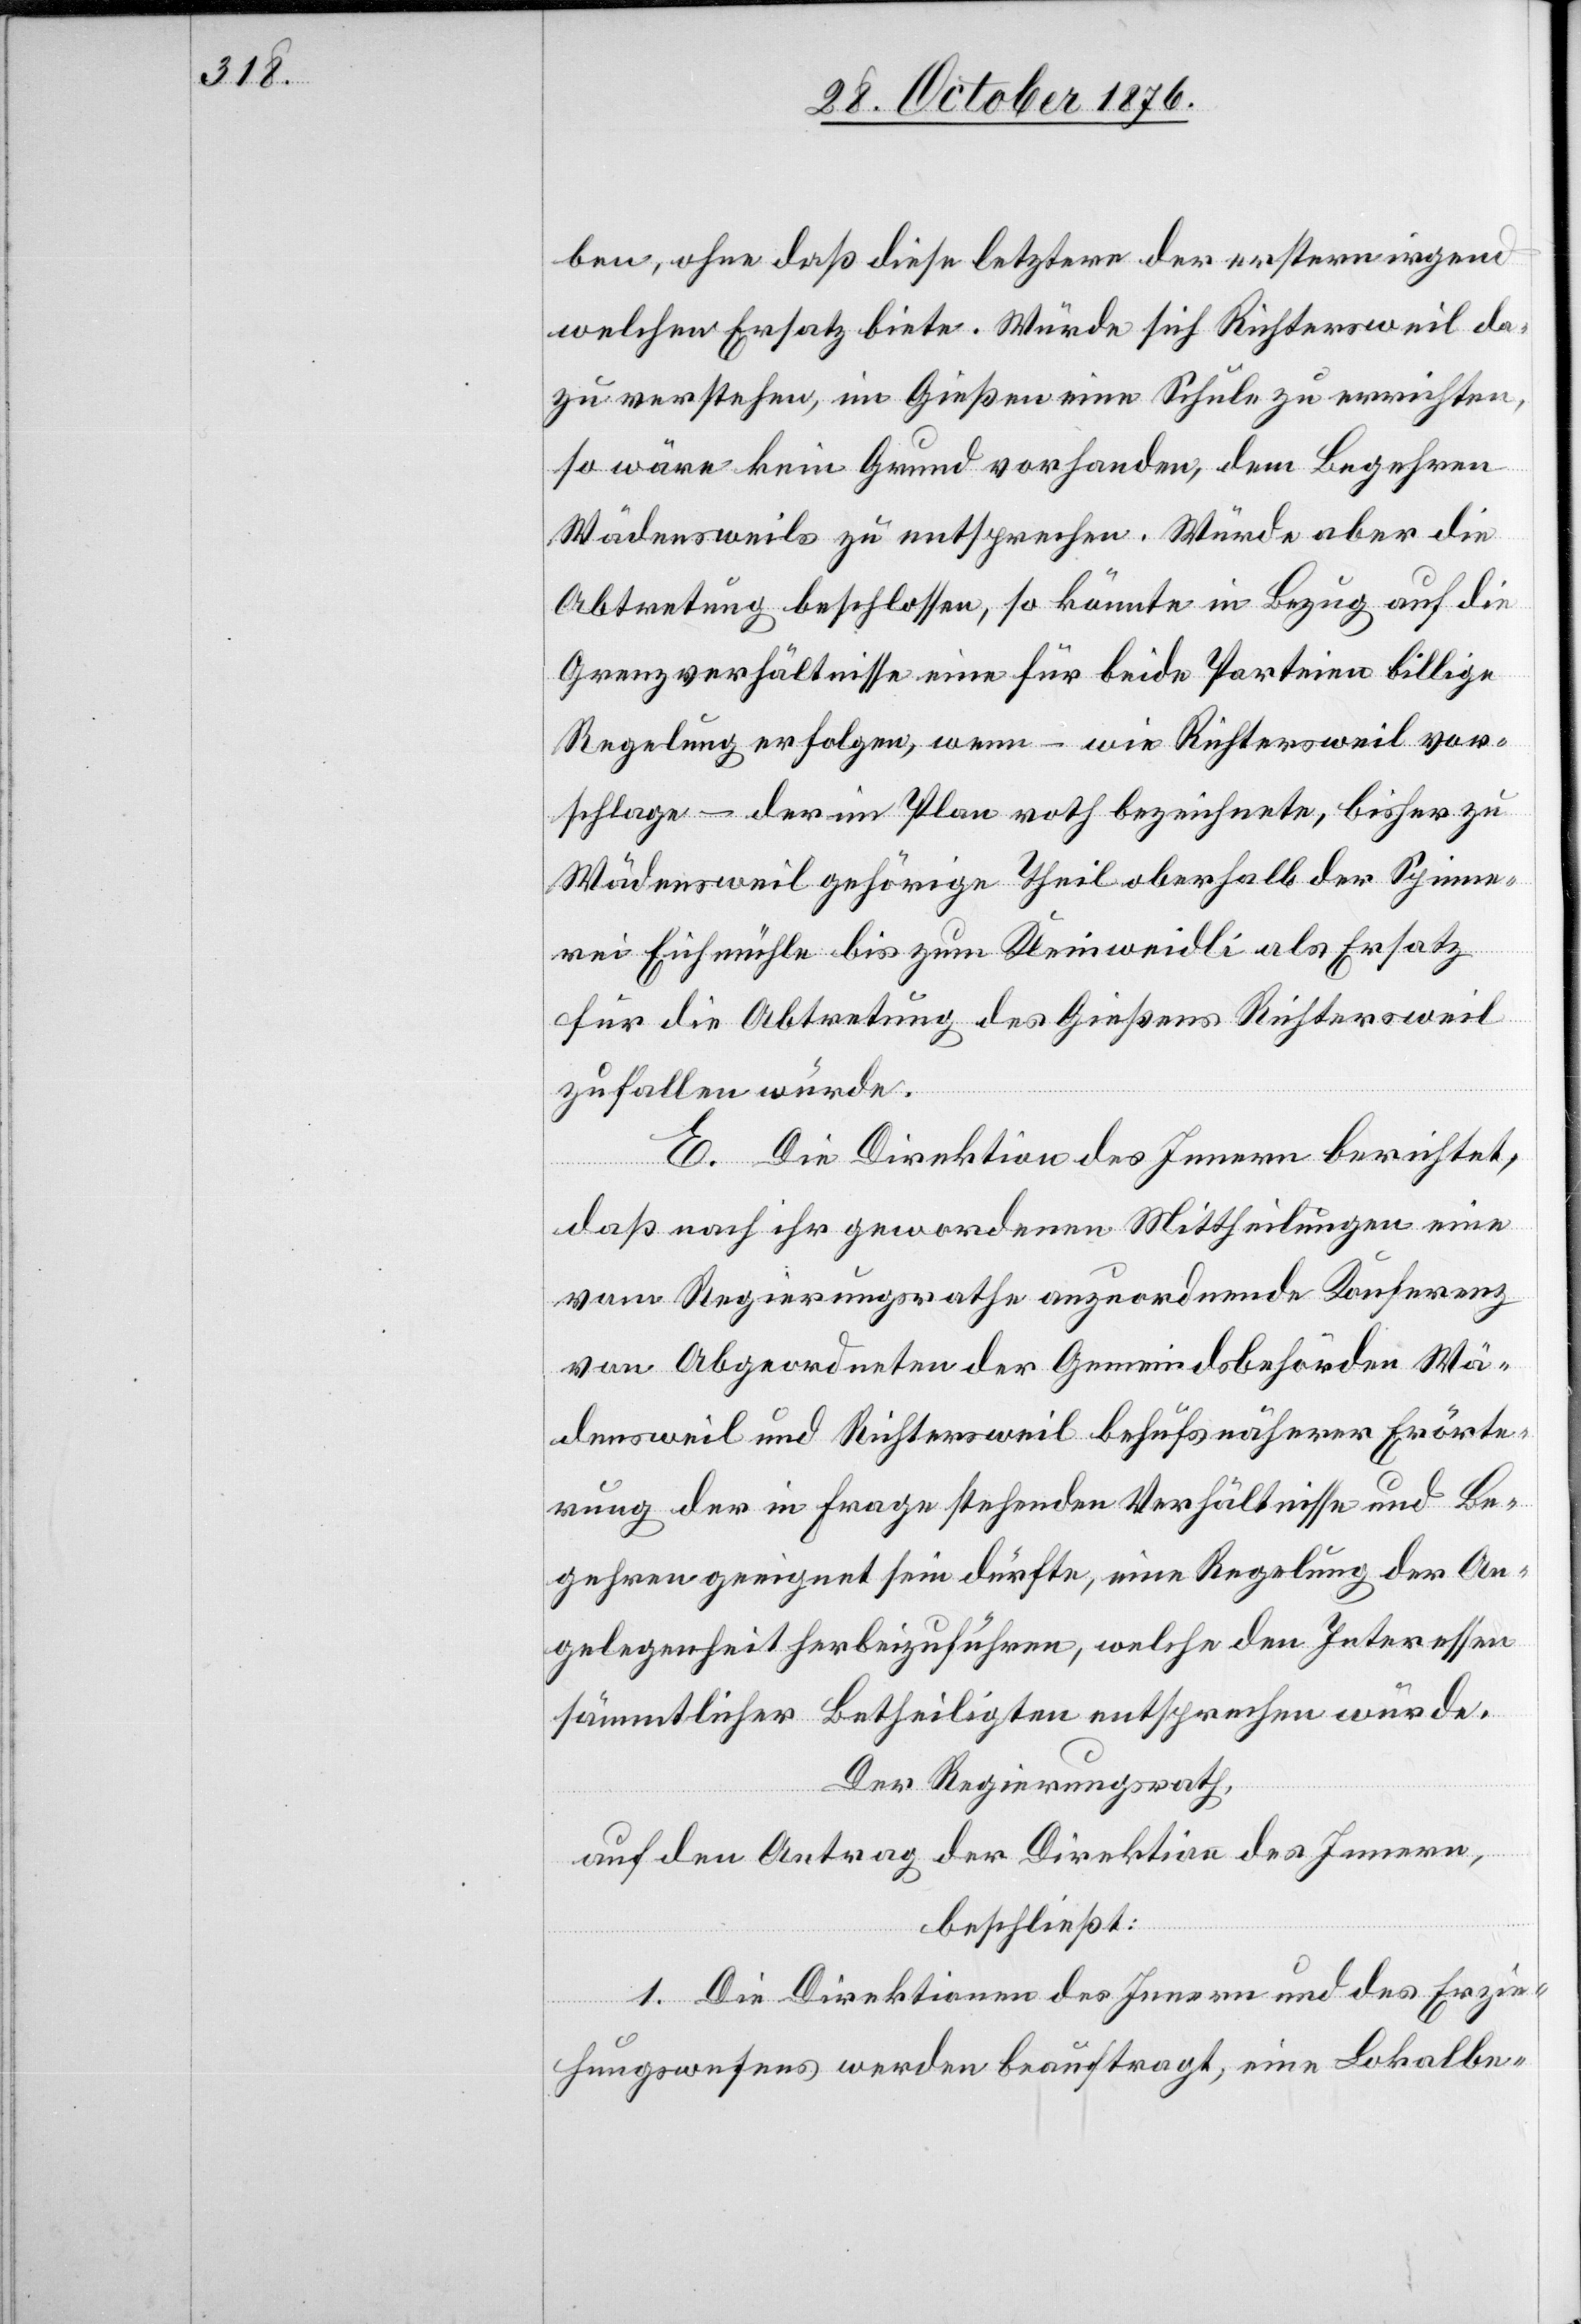
ben, ohne daß diese letztern der erstern irgend¬
welchen Ersatz biete. Würde sich Richtersweil da¬
zu verstehen, im Gießen eine Schule zu errichten,
so wäre kein Grund vorhanden, dem Begehren
Wädensweils zu entsprechen. Würde aber die
Abtretung beschlossen, so könnte in Bezug auf die
Grenzverhältnisse eine für beide Parteien billige
Regelung erfolgen, wenn – wie Richtersweil vor¬
schlage – der im Plan roth bezeichnete, bisher zu
Wädensweil gehörige Theil oberhalb der Spinne¬
rei Eichmühle bis zum Kleinweidli als Ersatz
für die Abtretung des Gießens Richtersweil
zufallen würde.
E. Die Direktion des Innern berichtet,
daß nach ihr gewordenen Mittheilungen eine
vom Regierungsrathe anzuordnende Konferenz
von Abgeordneten der Gemeindsbehörden Wä¬
densweil und Richtersweil behufs näherer Erörte¬
rung der in Frage stehenden Verhältnisse und be¬
gehren geeignet sein dürfte, eine Regelung der An¬
gelegenheit herbeizuführen, welche den Interessen
sämmtlicher Betheiligten entsprechen würde.
Der Regierungsrath,
auf den Antrag der Direktion des Innern,
beschließt:
1. Die Direktionen des Innern und des Erzie¬
hungswesens werden beauftragt, eine Lokalbe-